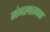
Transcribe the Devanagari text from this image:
मंगलात्मक